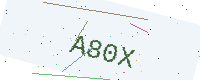
Text: A80X